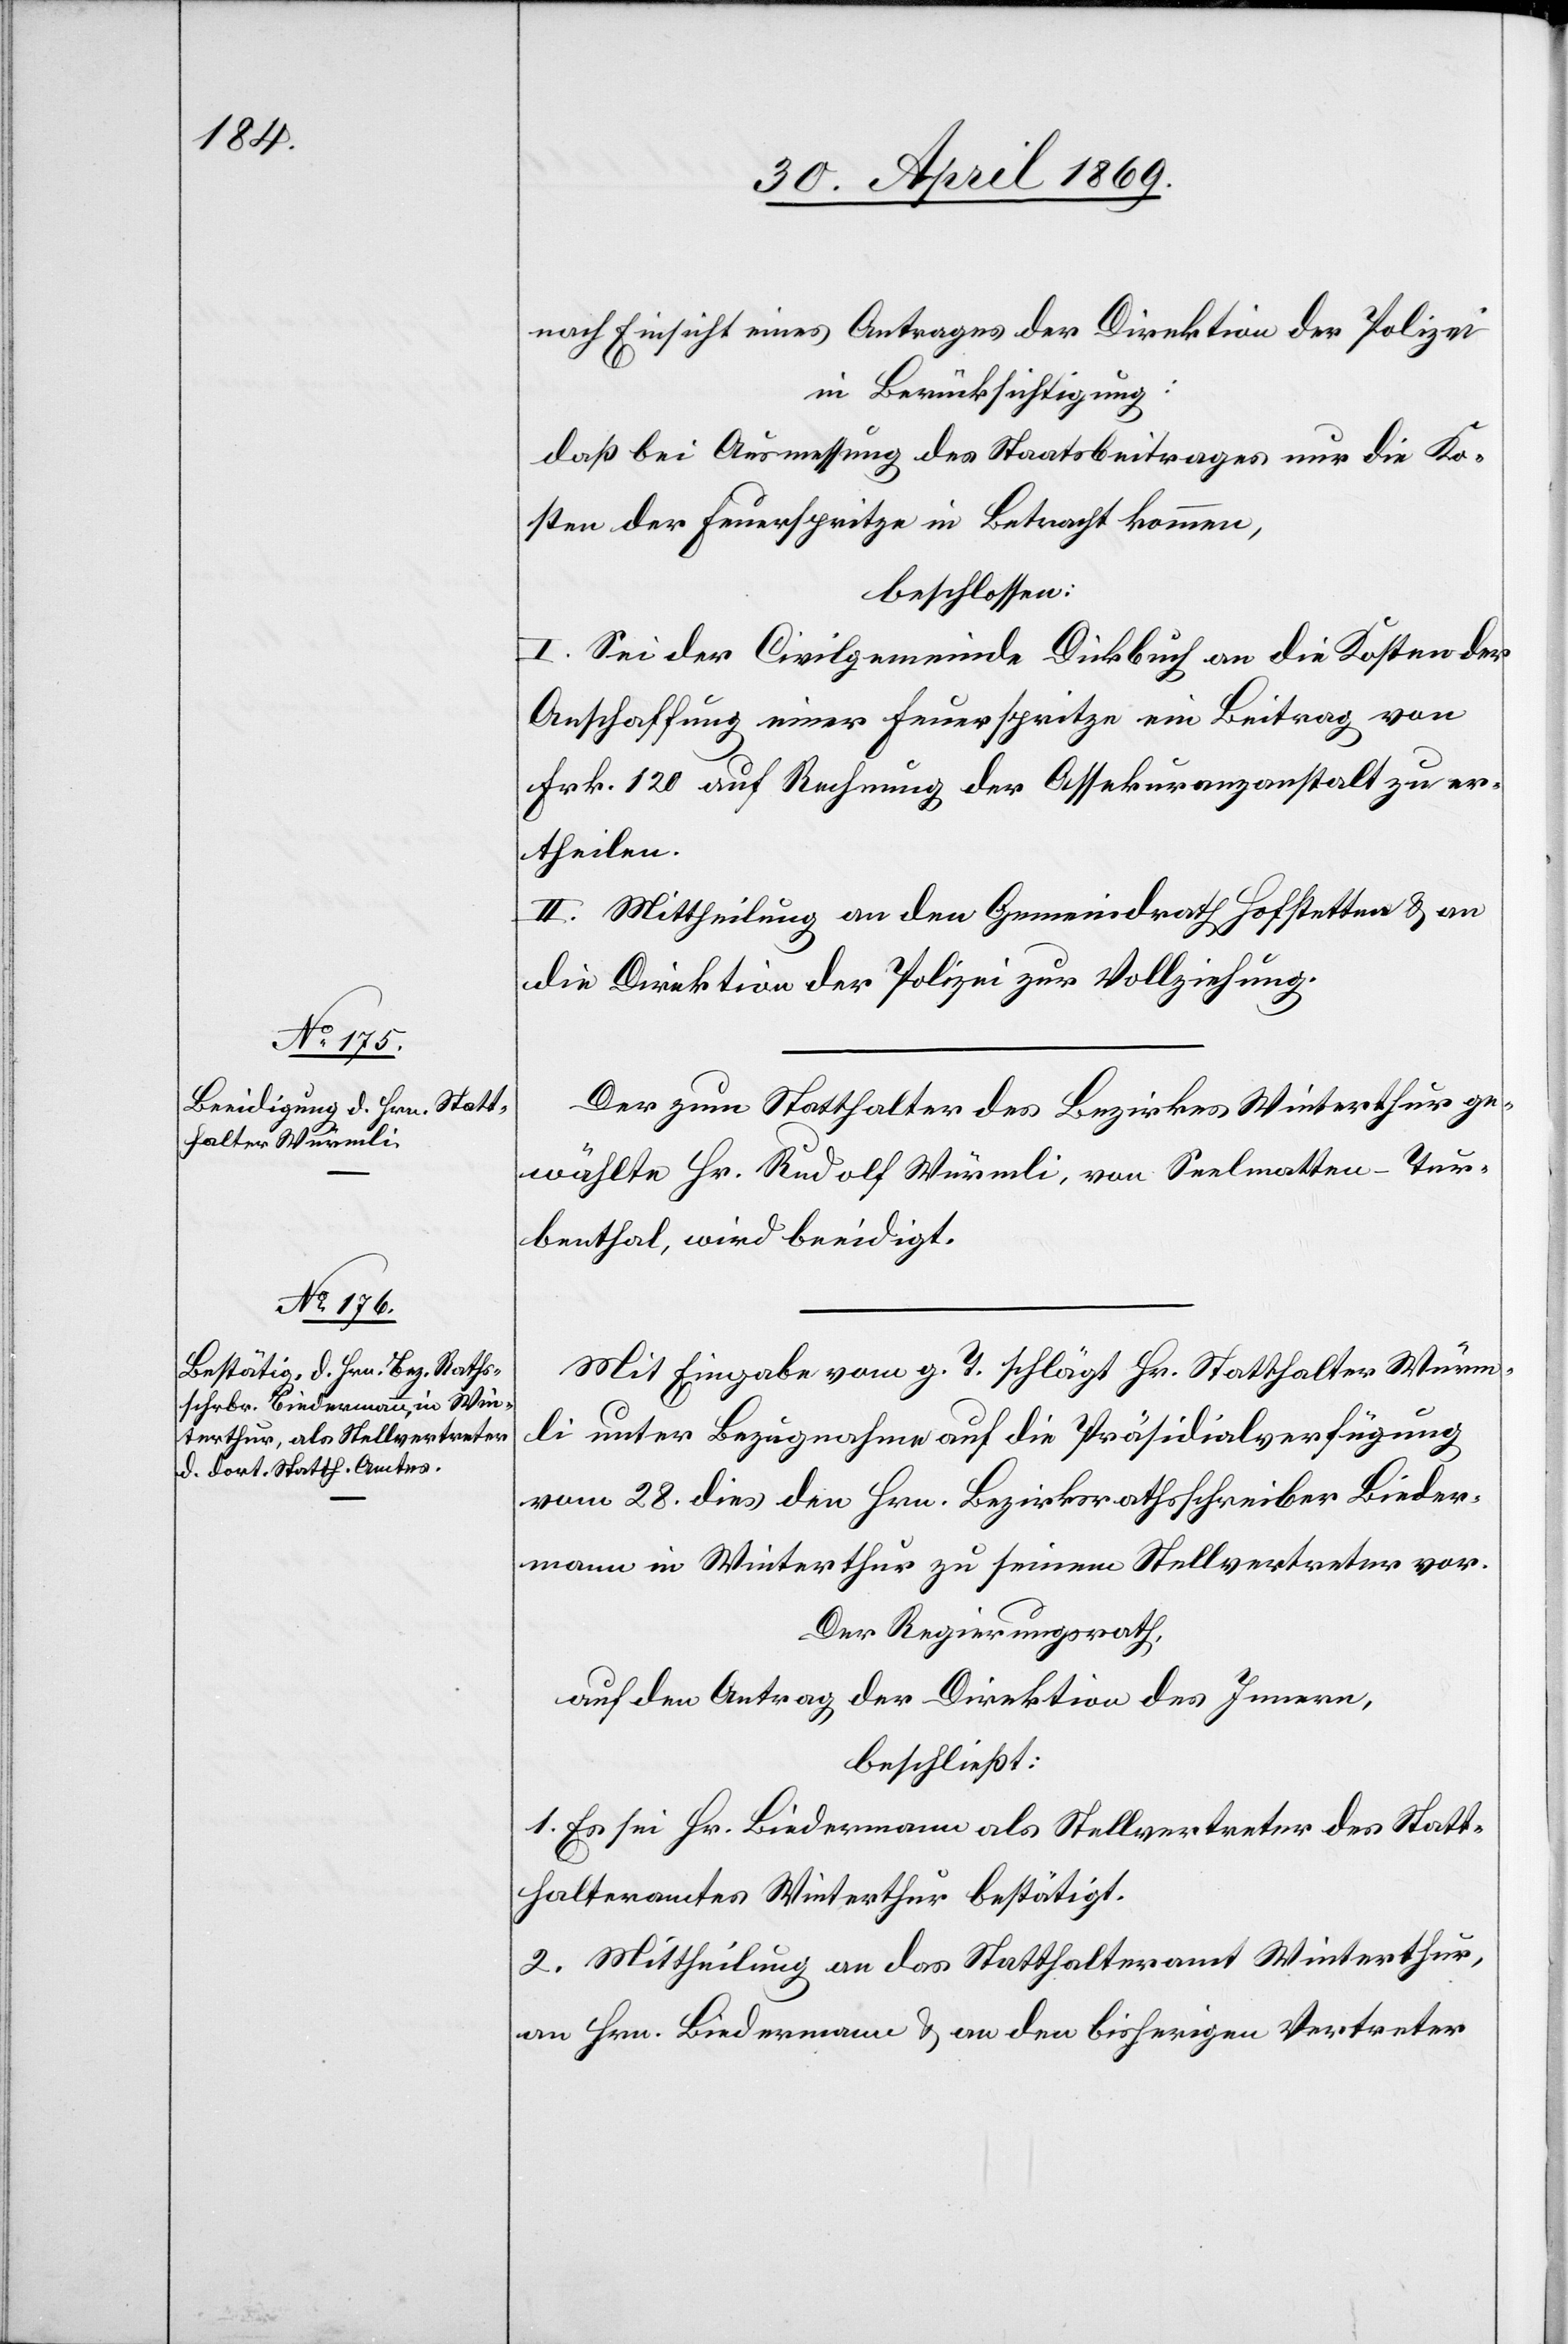
nach Einsicht eines Antrages der Direktion der Polizei
in Berücksichtigung:
daß bei Ausmessung des Staatsbeitrages nur die Ko¬
sten der Feuerspritze in Betracht kommen,
beschlossen:
I. Sei der Civilgemeinde Dickbuch an die Kosten der
Anschaffung einer Feuerspritze ein Beitrag von
Frk. 120 auf Rechnung der Assekuranzanstalt zu er¬
theilen.
II. Mittheilung an den Gemeindrath Hofstetten u. an
die Direktion der Polizei zur Vollziehung.
Der zum Statthalter des Bezirkes Winterthur ge¬
wählte Hr. Rudolf Würmli, von Seelmatten - Tur¬
benthal, wird beeidigt.
Mit Eingabe vom g. T. schlägt Hr. Statthalter Würm¬
li unter Bezugnahme auf die Präsidialverfügung
vom 28. dies den Hrn. Bezirksrathsschreiber Bieder¬
mann in Winterthur zu seinem Stellvertreter vor.
Der Regierungsrath,
auf den Antrag der Direktion des Innern,
beschließt:
1. Es sei Hr. Biedermann als Stellvertreter des Statt¬
halteramtes Winterthur bestätigt.
2. Mittheilung an das Statthalteramt Winterthur,
an Hrn. Biedermann u. an den bisherigen Vertreter